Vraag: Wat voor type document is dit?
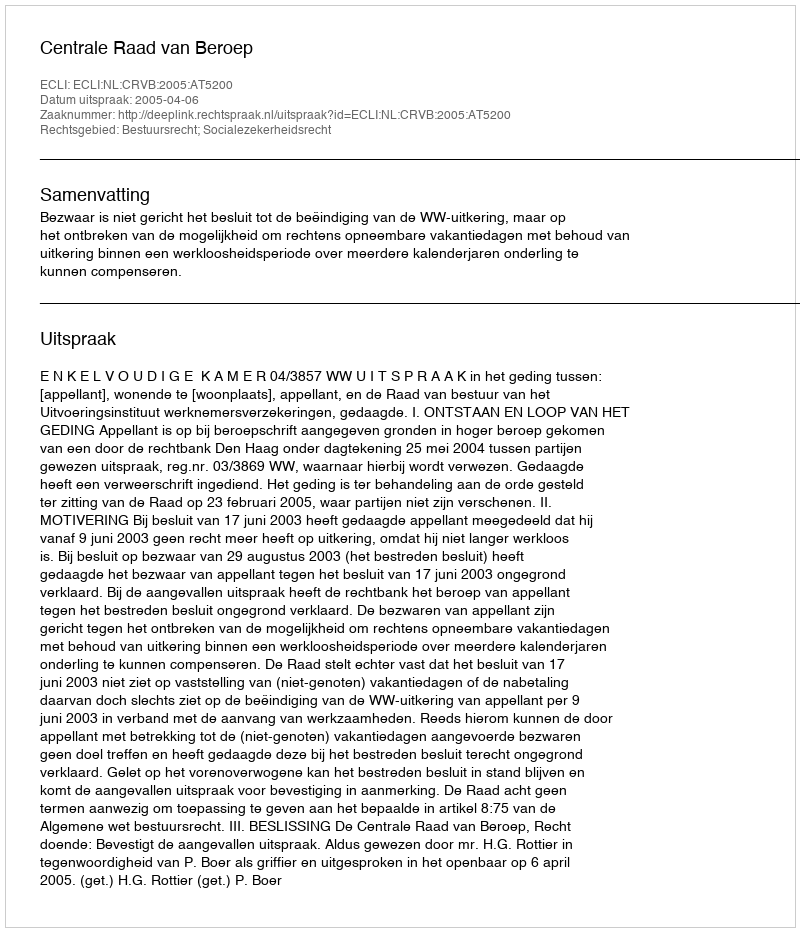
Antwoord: Uitspraak